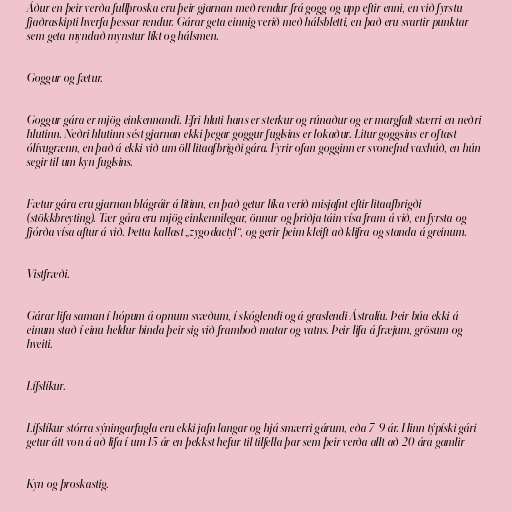
Áður en þeir verða fullþroska eru þeir gjarnan með rendur frá gogg og upp eftir enni, en við fyrstu
fjaðraskipti hverfa þessar rendur. Gárar geta einnig verið með hálsbletti, en það eru svartir punktar
sem geta myndað mynstur líkt og hálsmen.

Goggur og fætur.

Goggur gára er mjög einkennandi. Efri hluti hans er sterkur og rúnaður og er margfalt stærri en neðri
hlutinn. Neðri hlutinn sést gjarnan ekki þegar goggur fuglsins er lokaður. Litur goggsins er oftast
ólívugrænn, en það á ekki við um öll litaafbrigði gára. Fyrir ofan gogginn er svonefnd vaxhúð, en hún
segir til um kyn fuglsins.

Fætur gára eru gjarnan blágráir á litinn, en það getur líka verið misjafnt eftir litaafbrigði
(stökkbreyting). Tær gára eru mjög einkennilegar, önnur og þriðja táin vísa fram á við, en fyrsta og
fjórða vísa aftur á við. Þetta kallast „zygodactyl“, og gerir þeim kleift að klifra og standa á greinum.

Vistfræði.

Gárar lifa saman í hópum á opnum svæðum, í skóglendi og á graslendi Ástralíu. Þeir búa ekki á
einum stað í einu heldur binda þeir sig við framboð matar og vatns. Þeir lifa á fræjum, grösum og
hveiti.

Lífslíkur.

Lífslíkur stórra sýningarfugla eru ekki jafn langar og hjá smærri gárum, eða 7-9 ár. Hinn týpíski gári
getur átt von á að lifa í um 15 ár en þekkst hefur til tilfella þar sem þeir verða allt að 20 ára gamlir

Kyn og þroskastig.